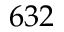
6 3 2